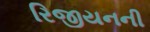
રિજીયનની